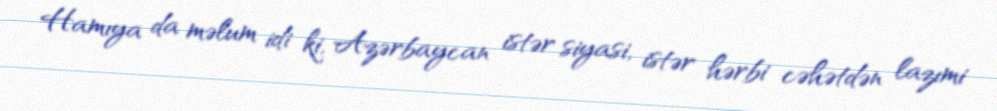
Hamıya da məlum idi ki, Azərbaycan istər siyasi, istər hərbi cəhətdən lazımi